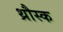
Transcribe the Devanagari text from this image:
थ्रौस्क